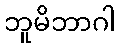
ဘူမိဘာဂါ